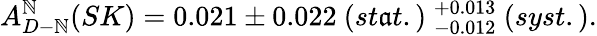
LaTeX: A_{D-\mathbb{N}}^{\mathbb{N}}(SK)=0.021\pm0.022~(st\mathfrak{a}t.)~_{-0.012}^{+0.013}~(syst.).